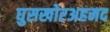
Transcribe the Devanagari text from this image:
घुसखोरअहमद